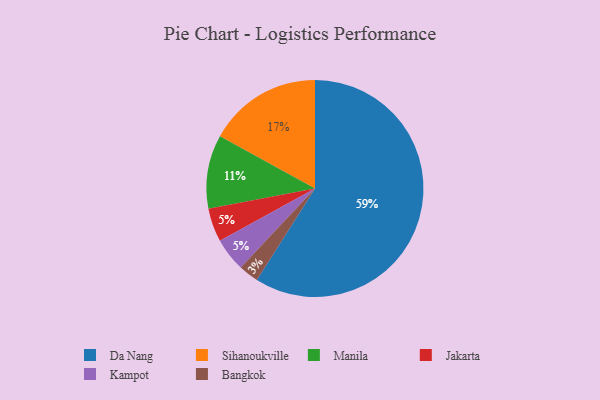
{"axis": {"x": "Category", "y": "Percentage"}, "legend": ["Bangkok", "Da Nang", "Jakarta", "Kampot", "Manila", "Sihanoukville"], "data": [{"x": "Bangkok", "y": 3, "type": "Bangkok"}, {"x": "Da Nang", "y": 59, "type": "Da Nang"}, {"x": "Jakarta", "y": 5, "type": "Jakarta"}, {"x": "Manila", "y": 11, "type": "Manila"}, {"x": "Kampot", "y": 5, "type": "Kampot"}, {"x": "Sihanoukville", "y": 17, "type": "Sihanoukville"}]}